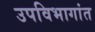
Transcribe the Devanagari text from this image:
उपविभागांत